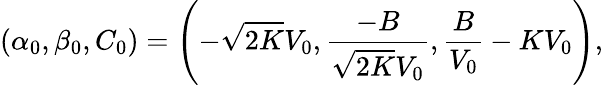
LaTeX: (\alpha_{0},\beta_{0},C_{0})=\left(-\sqrt{2K}V_{0},\frac{-B}{\sqrt{2K}V_{0}},\frac{B}{V_{0}}-KV_{0}\right),